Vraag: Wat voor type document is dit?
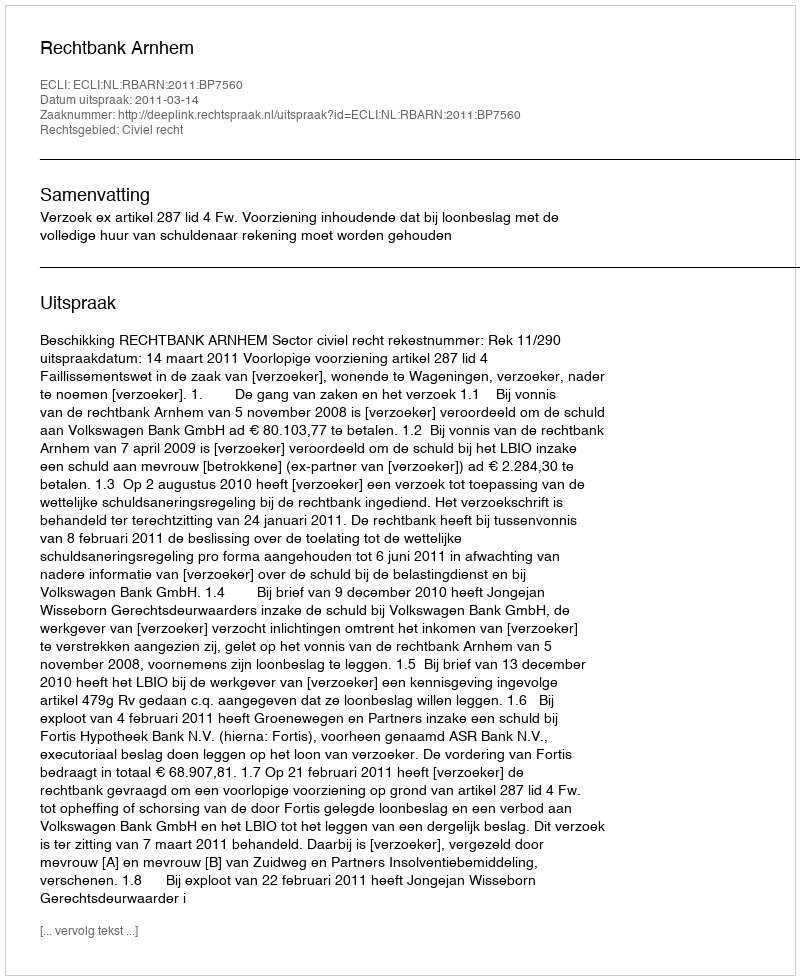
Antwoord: Uitspraak